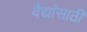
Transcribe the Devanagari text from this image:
वैद्यांसाठी